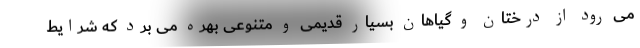
می رود از درختان و گیاهان بسیار قدیمی و متنوعی بهره می برد که شرایط